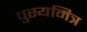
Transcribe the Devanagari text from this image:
पुस्यमित्र